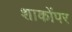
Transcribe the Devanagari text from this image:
शाकोंपर